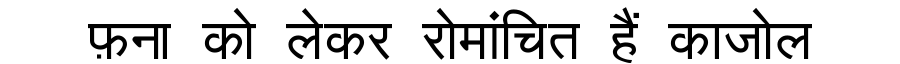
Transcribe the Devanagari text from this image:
फ़ना को लेकर रोमांचित हैं काजोल